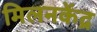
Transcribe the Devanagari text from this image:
मिलनकेंद्र